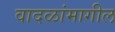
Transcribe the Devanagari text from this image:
वादळांमागील